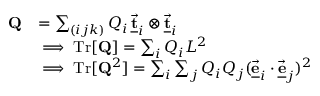
\begin{array} { r l } { { \bf Q } } & { = \sum _ { ( i j k ) } Q _ { i } \, \underline { { \vec { \bf t } } } _ { i } \otimes \underline { { \vec { \bf t } } } _ { i } } \\ & { \implies \mathrm { T r } [ { \bf Q } ] = \sum _ { i } Q _ { i } L ^ { 2 } } \\ & { \implies \mathrm { T r } [ { \bf Q } ^ { 2 } ] = \sum _ { i } \sum _ { j } Q _ { i } Q _ { j } ( \underline { { \vec { \bf e } } } _ { i } \cdot \underline { { \vec { \bf e } } } _ { j } ) ^ { 2 } } \end{array}